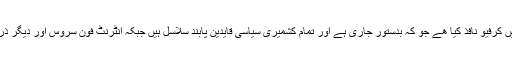
مودی سرکار نے جموں وکشمیر کی خصوصی حثیت ختم کرنے فوراً بعد کشمیر میں کرفیو نافذ کیا ھے جو کہ بدستور جاری ہے اور تمام کشمیری سیاسی قایدین پابند سلاسل ہیں جبکہ انٹرنٹ فون سروس اور دیگر ذرایع ابلاغ پر پابندی لگائی گئی ہے، تاکہ کشمیریوں کی چیخیں دنیا کو سنائی نہ دیں۔